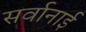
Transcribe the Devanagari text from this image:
सर्वानाई